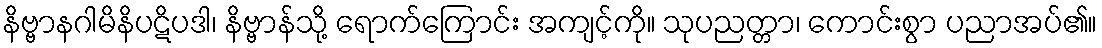
နိဗ္ဗာနဂါမိနိပဋိပဒါ၊ နိဗ္ဗာန်သို့ ရောက်ကြောင်း အကျင့်ကို။ သုပညတ္တာ၊ ကောင်းစွာ ပညာအပ်၏။